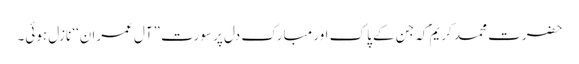
حضرت محمد کریمؐ کہ جن کے پاک اور مبارک دل پر سورت ”آلِ عمران‘‘ نازل ہوئی۔